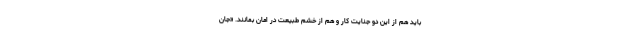
باید هم از این دو جنایت کار و هم از خشم طبیعت در امان بمانند. «جان